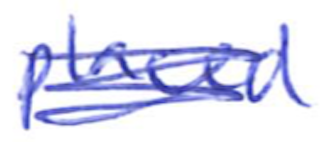
Text: placed
Cross-out: mix
Writing tool: ballpoint